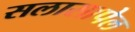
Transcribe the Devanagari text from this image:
सलासापेल